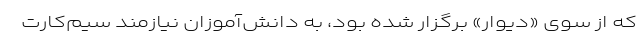
که از سوی «دیوار» برگزار شده بود، به دانش‌آموزان نیازمند سیم‌کارت